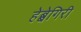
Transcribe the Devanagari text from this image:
हेब्बेगिरी